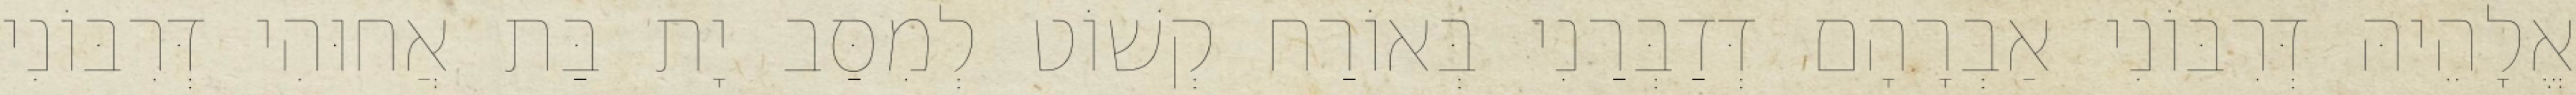
אֱלָהֵיהּ דְּרִבּוֹנִי אַבְרָהָם דְּדַבְּרַנִי בְּאוֹרַח קְשׁוֹט לְמִסַּב יָת בַּת אֲחוּהִי דְּרִבּוֹנִי